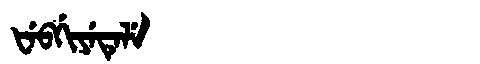
Manchu: ᡶᡝᠪᡤᡳᠶᡝᡨᡝᠯᡝ
Romanization: FEBGIYETELE